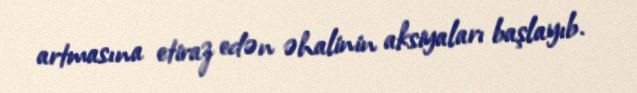
artmasına etiraz edən əhalinin aksiyaları başlayıb.